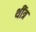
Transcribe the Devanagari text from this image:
थींत्र